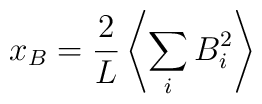
x_B =\frac{2}{L} \left\langle \sum_{i} B_i^2 \right\rangle